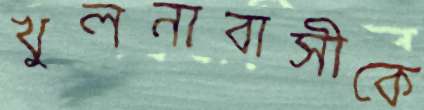
খুলনাবাসীকে